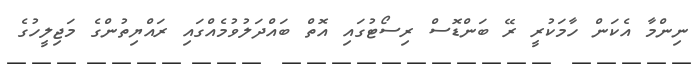
ނިންމާ އެކަން ހާމަކުރީ ރޭ ބަންޑޮސް ރިސޯޓުގައި އޮތް ބައްދަލުވުމެއްގައި ރައްޔިތުންގެ މަޖިލީހުގެ